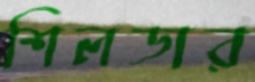
শিলডার